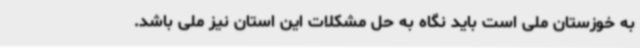
به خوزستان ملی است باید نگاه به حل مشکلات این استان نیز ملی باشد.